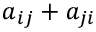
a _ { i j } + a _ { j i }